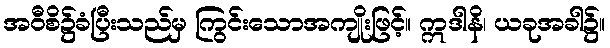
အဝီစိ၌ခံပြီးသည်မှ ကြွင်းသောအကျိုးဖြင့်။ ဣဒါနိ၊ ယခုအခါ၌။